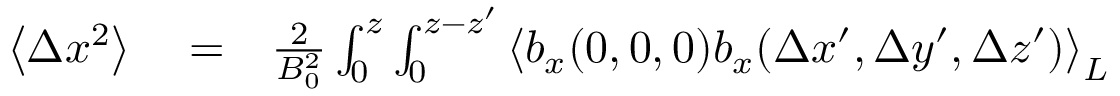
\begin{array} { r l r } { \left\langle \Delta x ^ { 2 } \right\rangle } & { { } = } & { \frac { 2 } { B _ { 0 } ^ { 2 } } \int _ { 0 } ^ { z } \int _ { 0 } ^ { z - { z } ^ { \prime } } \left\langle b _ { x } ( 0 , 0 , 0 ) b _ { x } ( \Delta x ^ { \prime } , \Delta y ^ { \prime } , \Delta z ^ { \prime } ) \right\rangle _ { L } } \end{array}